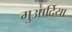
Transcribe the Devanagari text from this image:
गुआर्दिया